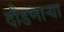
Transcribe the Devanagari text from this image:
दौडणाऱ्या